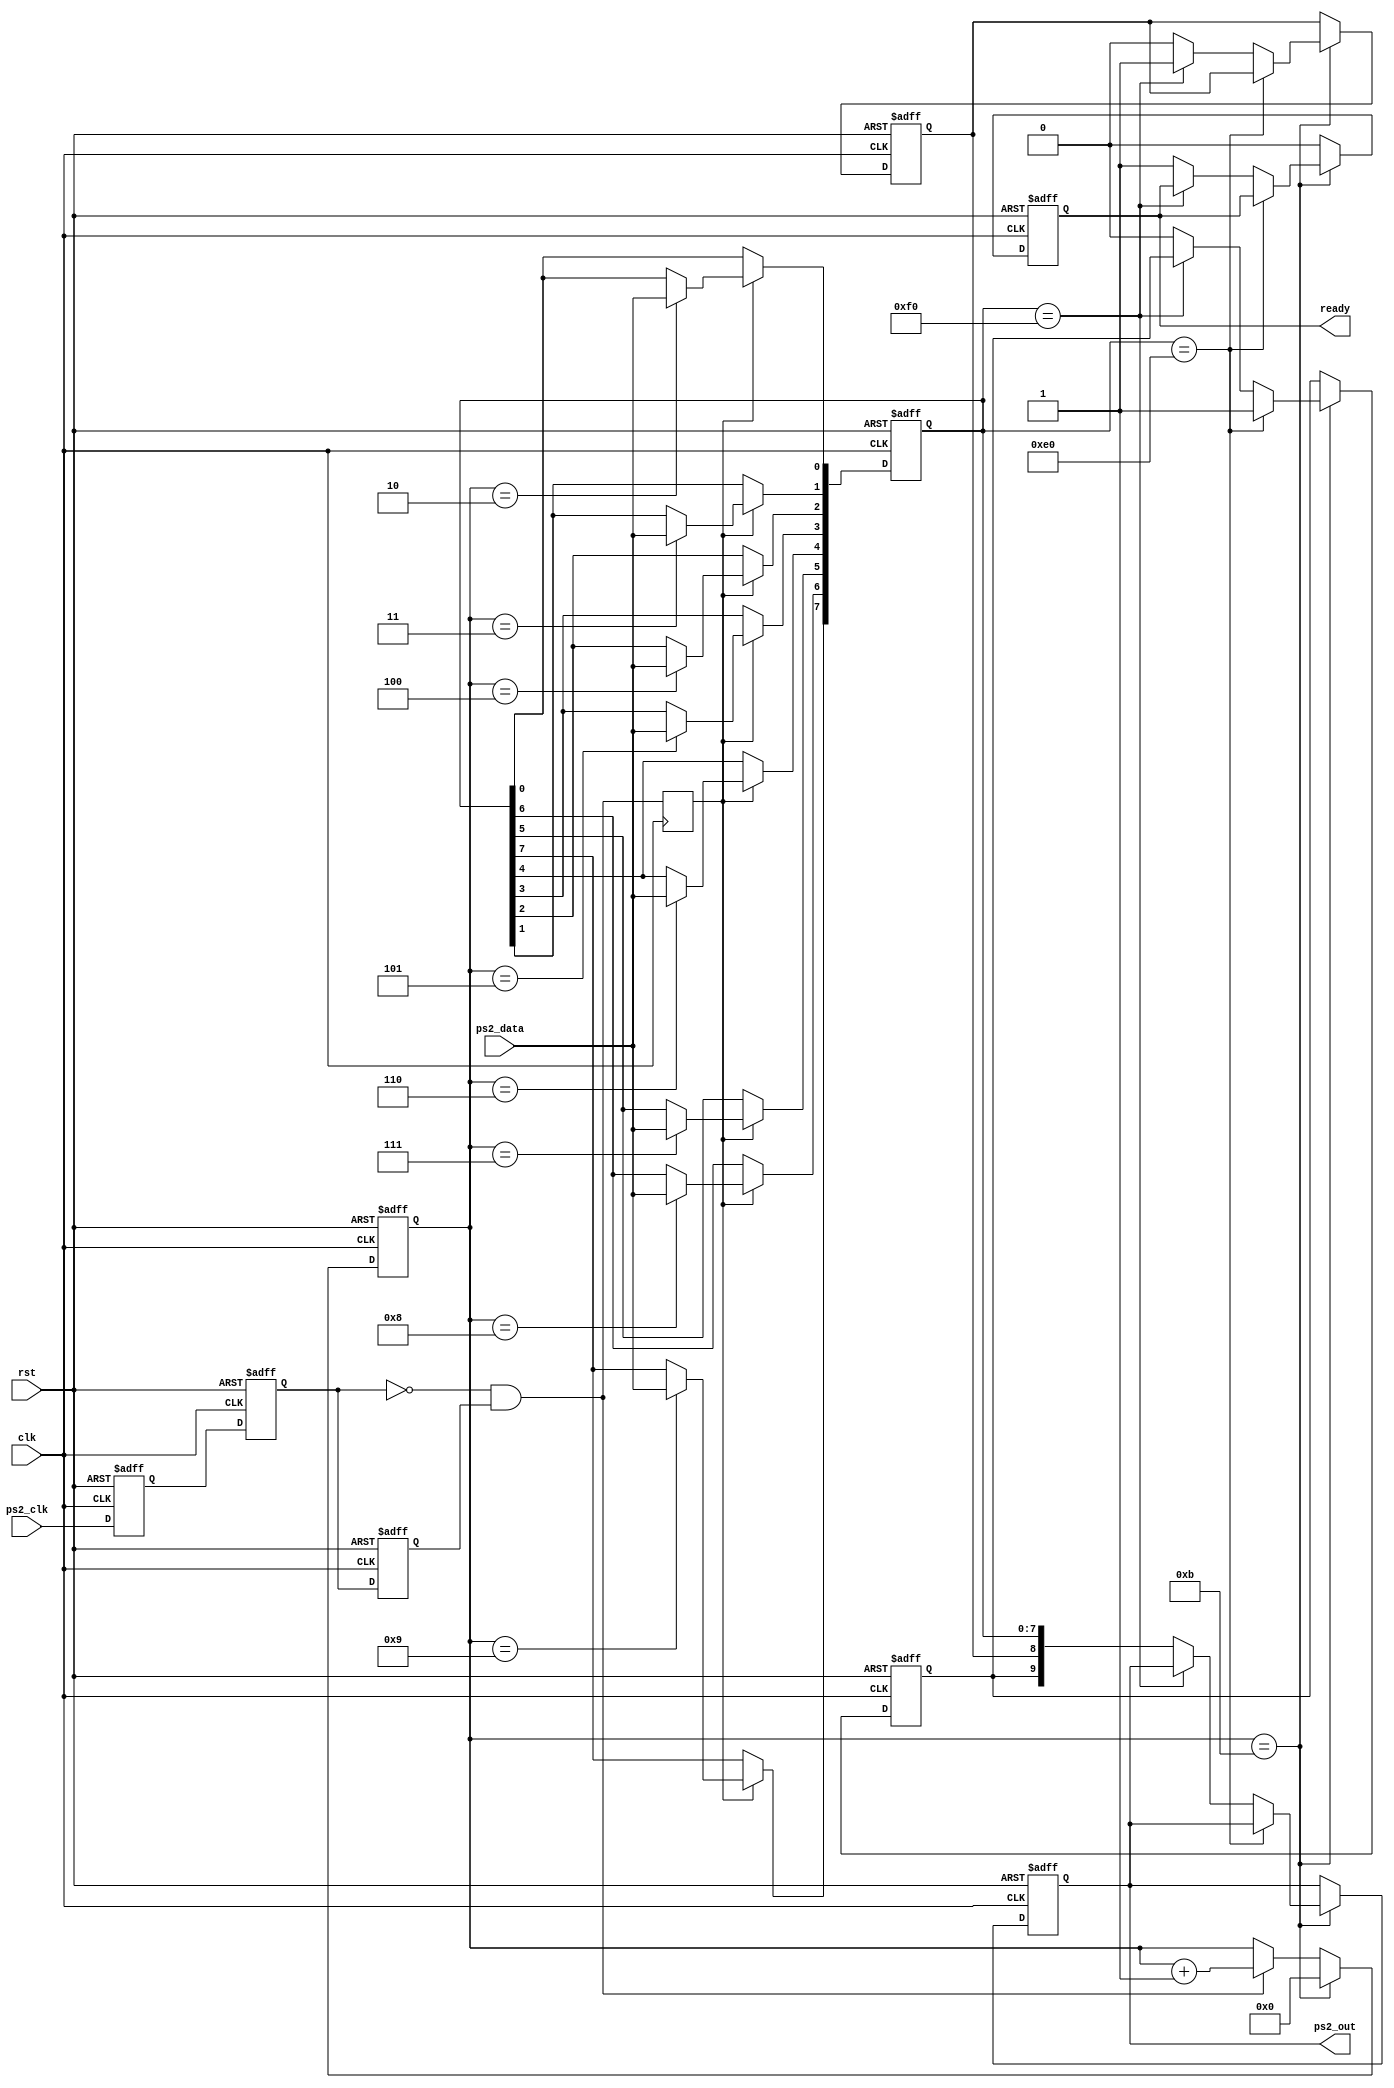


module PS2(
	input clk, rst,
	input ps2_clk, ps2_data,
	output [9:0] ps2_out,
	output ready
	);

reg ps2_clk_tmp0, ps2_clk_tmp1, ps2_clk_tmp2;
wire n_ps2_clk = !ps2_clk_tmp1 & ps2_clk_tmp2;
reg scan;
reg [9:0] data;
reg data_expand, data_break, data_done;
reg[7:0]temp_data;
reg[3:0]num;

always@(posedge clk or posedge rst)begin
	if(rst)begin
		ps2_clk_tmp0<=1'b0;
		ps2_clk_tmp1<=1'b0;
		ps2_clk_tmp2<=1'b0;
	end
	else begin
		ps2_clk_tmp0<=ps2_clk;
		ps2_clk_tmp1<=ps2_clk_tmp0;
		ps2_clk_tmp2<=ps2_clk_tmp1;
	end
end

always@(posedge clk or posedge rst)begin
	if(rst)
		num<=4'd0;
	else if (num==4'd11)
		num<=4'd0;
	else if (n_ps2_clk)
		num<=num+1'b1;
end

always@(posedge clk)begin
	scan<=n_ps2_clk;
end


always@(posedge clk or posedge rst)begin
	if(rst)
		temp_data<=8'd0;
	else if (scan)begin
		case(num)
			4'd2 : temp_data[0]<=ps2_data;
			4'd3 : temp_data[1]<=ps2_data;
			4'd4 : temp_data[2]<=ps2_data;
			4'd5 : temp_data[3]<=ps2_data;
			4'd6 : temp_data[4]<=ps2_data;
			4'd7 : temp_data[5]<=ps2_data;
			4'd8 : temp_data[6]<=ps2_data;
			4'd9 : temp_data[7]<=ps2_data;
			default: temp_data<=temp_data;
		endcase
	end
	else temp_data<=temp_data;
end

always@(posedge clk or posedge rst)begin
	if(rst)begin
		data_break<=1'b0;
		data<=10'd0;
		data_done<=1'b0;
		data_expand<=1'b0;
	end
	else if(num==4'd11)begin
		if(temp_data==8'hE0)begin
			data_expand<=1'b1;
		end
		else if(temp_data==8'hF0)begin
			data_break<=1'b1;
		end
		else begin
			data<={data_expand,data_break,temp_data};
			data_done<=1'b1;
			data_expand<=1'b0;
			data_break<=1'b0;
		end
	end
	else begin
		data<=data;
		data_done<=1'b0;
		data_expand<=data_expand;
		data_break<=data_break;
	end
end

assign ps2_out = data;

assign ready=data_done;

endmodule